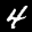
Label: 4